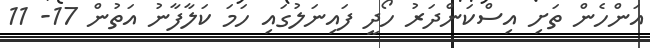
އަންހެން ތަށި އިސްކަންދަރު ހޯދީ ފައިނަލުގައި ހަމަ ކަލާފާނު އަތުން 17- 11